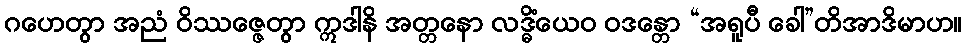
ဂဟေတွာ အညံ ဝိဿဇ္ဇေတွာ ဣဒါနိ အတ္တနော လဒ္ဓိံယေဝ ဝဒန္တော “အရူပီ ခေါ”တိအာဒိမာဟ။